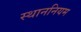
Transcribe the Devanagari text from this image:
स्थाननियम